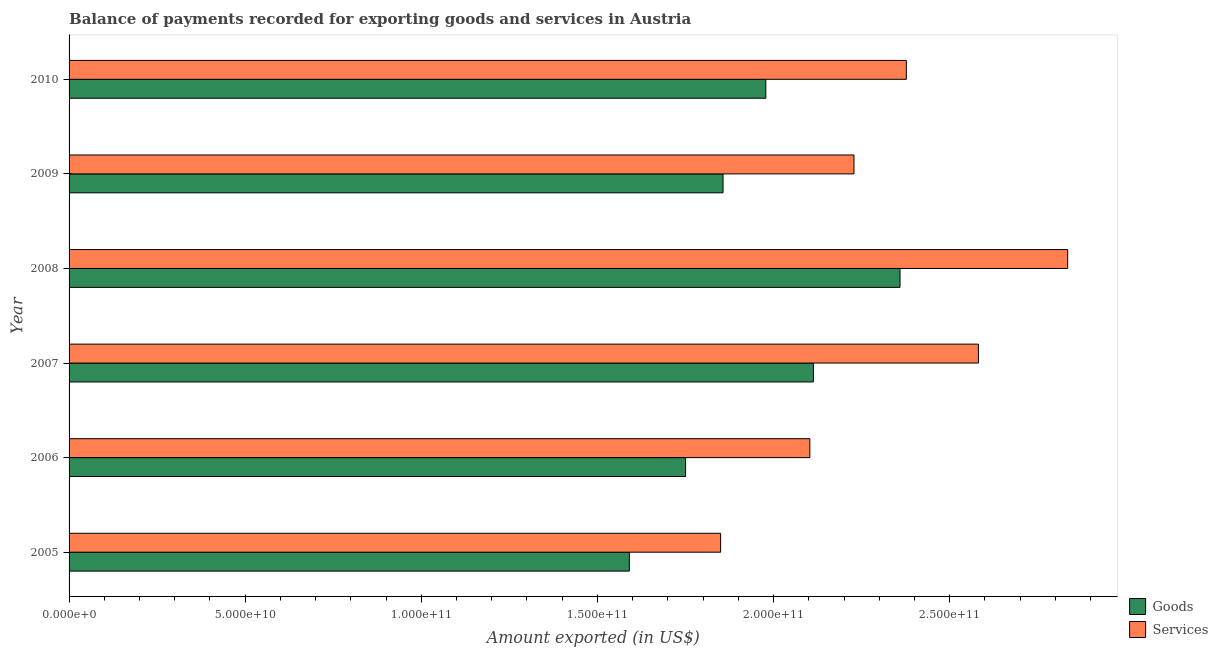
| Year | Goods | Services |
 | --- | --- | --- |
 | 2005 | 1.59e+11 | 1.85e+11 |
 | 2006 | 1.75e+11 | 2.1e+11 |
 | 2007 | 2.11e+11 | 2.58e+11 |
 | 2008 | 2.36e+11 | 2.83e+11 |
 | 2009 | 1.86e+11 | 2.23e+11 |
 | 2010 | 1.98e+11 | 2.38e+11 |